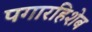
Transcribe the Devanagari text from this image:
पगारहिशेब